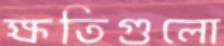
ক্ষতিগুলো